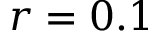
r = 0 . 1